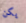
يكن